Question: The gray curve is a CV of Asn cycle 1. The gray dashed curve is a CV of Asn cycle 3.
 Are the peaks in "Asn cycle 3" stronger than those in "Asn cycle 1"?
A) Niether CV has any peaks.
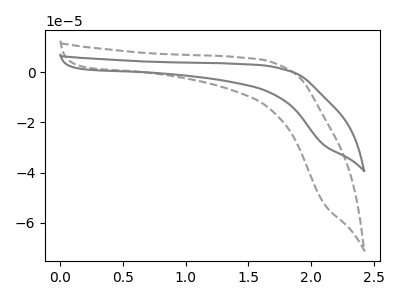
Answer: <think>The gray curve "Asn cycle 1" has no peaks. The gray dashed curve "Asn cycle 3" has no peaks.</think>
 <answer>A) Niether CV has any peaks.</answer>
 <eval>A</eval>